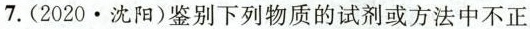
7.(2020.沈阳)鉴别下列物质的试剂或方法中不正